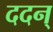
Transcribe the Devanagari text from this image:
ददन्